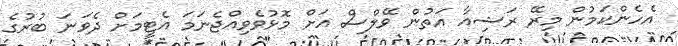
އެހެންކަމުން މިރޭ ރަޝިއާ އަތުން ވޭލްސް އަށް މޮޅުވެވިއްޖެނަމަ އެޓީމަށް ދެވަނަ ބުރުގެ